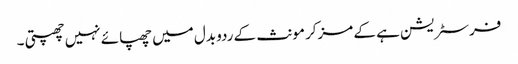
فرسٹریشن ہے کے مزکر مونث کے ردو بدل میں چھپائے نہیں چھپتی ۔